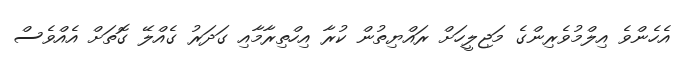
އެހެންވެ އިލްމުވެރިންގެ މަޖިލީހަށް ރައްޔިތުން ކުރާ އިހްތިރާމާއި ގަދަރު ގެއްލޭ ގޮތަށް އެއްވެސް